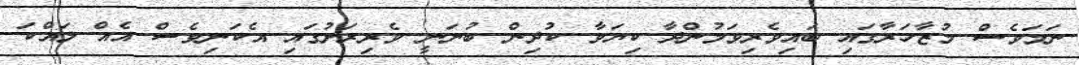
ނަމަވެސް މުޒާހަރާގައި ބައިވެރިވަމުންދާ ކިޔަވާ ކުދިން ބުނަނީ ވެރިރަށުގައި އެކަނިވެސް އެއް ލައްކަ